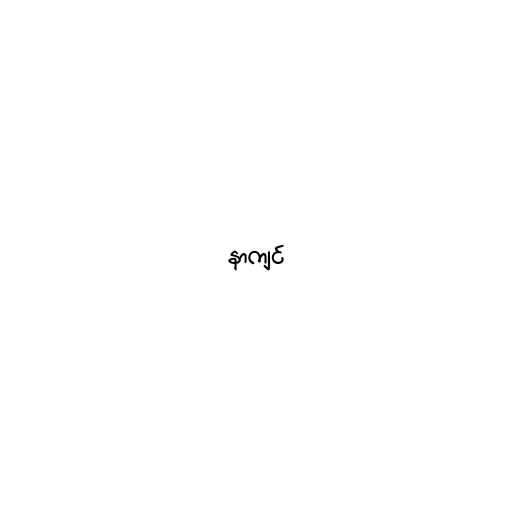
နာကျင်